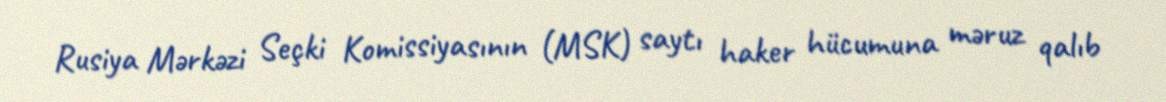
Rusiya Mərkəzi Seçki Komissiyasının (MSK) saytı haker hücumuna məruz qalıb